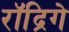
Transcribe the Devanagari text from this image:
रॉद्रिगे